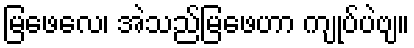
မြဖေလေ၊ အဲသည်မြဖေဟာ ကျုပ်ပဲဗျ။